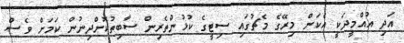
އަދި އުއްމީދަކީ އެކަން މިރޭގެ މެޗުގައި ސިޓީގެ ކުޅުންތެރިން ސާބިތުކޮށްދިނުން ކަމަށް ވެސް